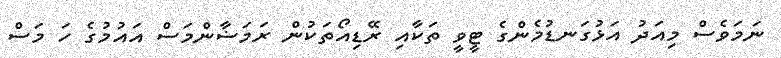
ނަމަވެސް މިއަދު އަޅުގަނޑުމެންގެ ޓީވީ ތަކާއި ރޭޑިއޯތަކުން ރަމަޟާންމަސް އައުމުގެ ހަ މަސް